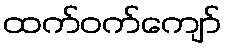
ထက်ဝက်ကျော်